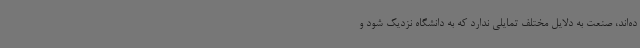
ده‌اند، صنعت به دلایل مختلف تمایلی ندارد که به دانشگاه نزدیک شود و